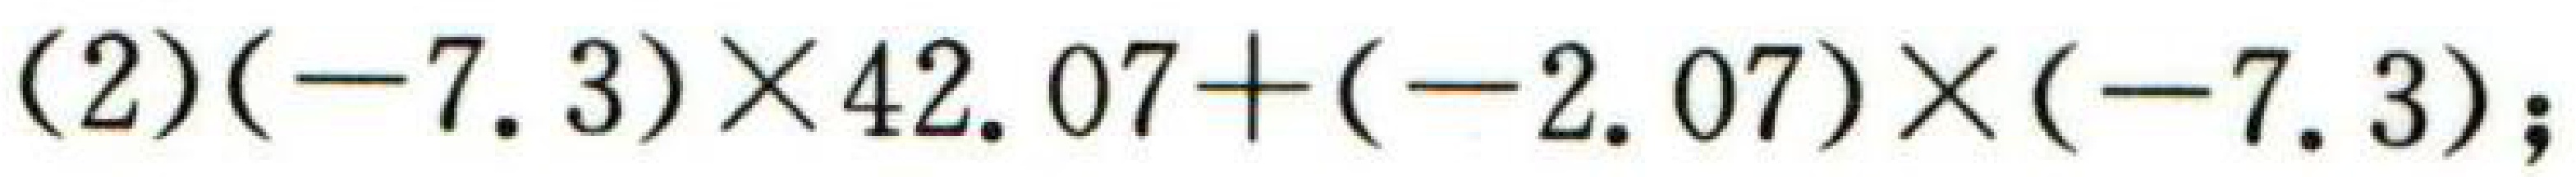
(2)$(-7.3)\times42.07+(-2.07)\times(-7.3);$